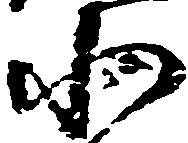
小